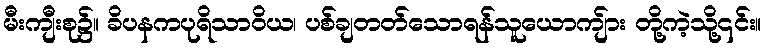
မီးကျီးစု၌။ ခိပနကပုရိသာဝိယ၊ ပစ်ချတတ်သောရန်သူယောကျ်ား တို့ကဲ့သို့၎င်း။